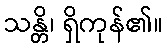
သန္တိ၊ ရှိကုန်၏။